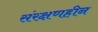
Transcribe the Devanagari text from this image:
संरक्षणहीन